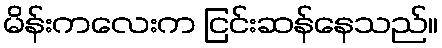
မိန်းကလေးက ငြင်းဆန်နေသည်။